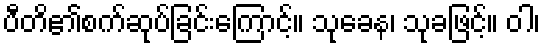
ပီတိ၏စက်ဆုပ်ခြင်းကြောင့်။ သုခေန၊ သုခဖြင့်။ ဝါ၊